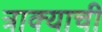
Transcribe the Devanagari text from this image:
त्राक्याची